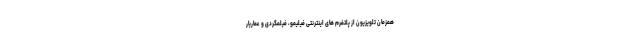
همزمان تلویزیون از پلتفرم های اینترنتی فیلیمو، فیلمگردی و عماریار